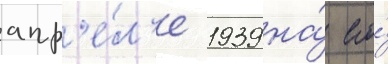
апр'е́л'е 1939 на́ его́